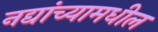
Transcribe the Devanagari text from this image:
नद्यांच्यामधील